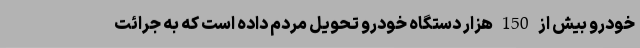
خودرو بیش از 150 هزار دستگاه خودرو تحویل مردم داده است که به جرائت